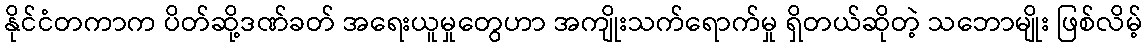
နိုင်ငံတကာက ပိတ်ဆို့ဒဏ်ခတ် အရေးယူမှုတွေဟာ အကျိုးသက်ရောက်မှု ရှိတယ်ဆိုတဲ့ သဘောမျိုး ဖြစ်လိမ့်